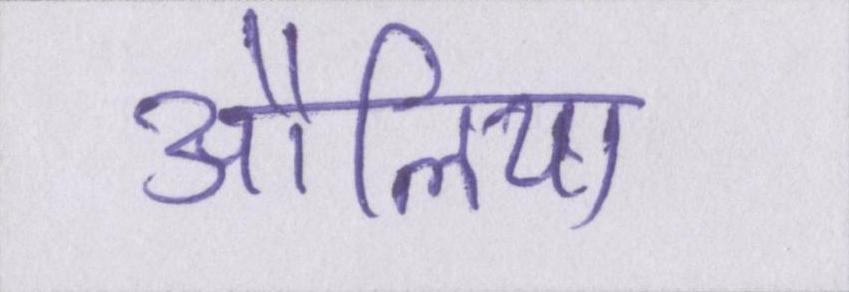
औलिया